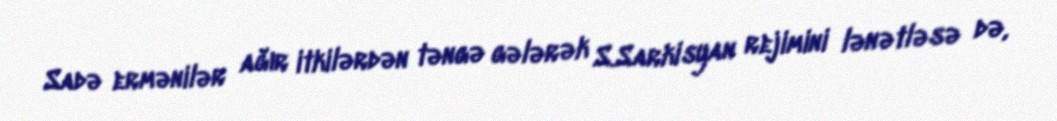
Sadə ermənilər ağır itkilərdən təngə gələrək S.Sarkisyan rejimini lənətləsə də,